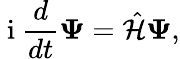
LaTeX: \mathrm{~i~}\frac{d}{dt}{\mathbf\Psi}=\hat{\cal H}{\mathbf\Psi},